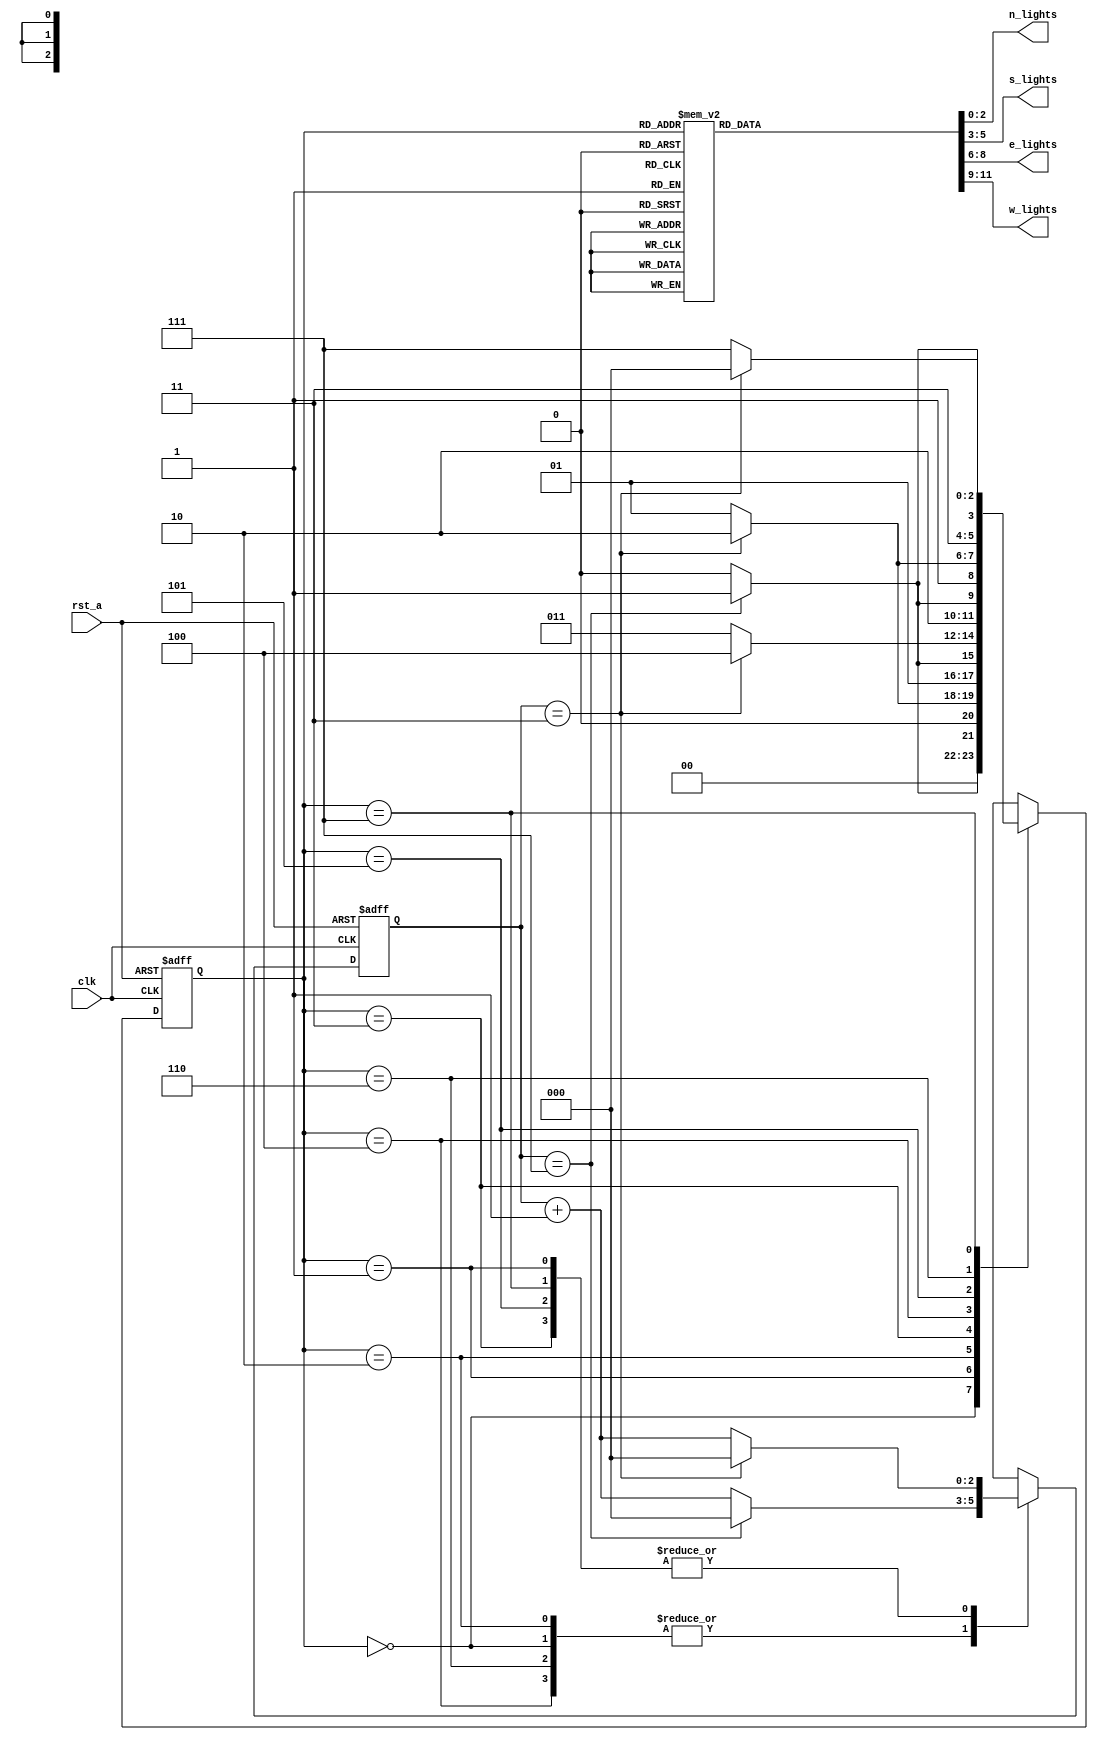
//Traffic light control
//Data flow Modelling
//16CO238
//16CO224
//The project shows how a 4-way junction traffic light works and the lights at every junction change colours with time (depending on clock cycles). The north and south lights are in sync with each other and opposite to the east and west lights.



//The Outputs taken are the Lights.
 
module VerilogBM_224_238(n_lights,s_lights,e_lights,w_lights,clk,rst_a);

   output reg [2:0] n_lights,s_lights,e_lights,w_lights; 
   input      clk;
   input      rst_a;
 
   reg [2:0] state;
 
   parameter [2:0] north=3'b000;
   parameter [2:0] north_y=3'b001;
   parameter [2:0] south=3'b010;
   parameter [2:0] south_y=3'b011;
   parameter [2:0] east=3'b100;
   parameter [2:0] east_y=3'b101;
   parameter [2:0] west=3'b110;
   parameter [2:0] west_y=3'b111;

   reg [2:0] count;
 
 // The code determines the current state of the traffic signal so that it can proceed to the next state.

   always @(posedge clk, posedge rst_a)
     begin
        if (rst_a)
            begin
                state=north;
                count =3'b000;
            end
        else
            begin
                case (state)
                north :
                    begin
                        if (count==3'b111)
                            begin
                            count=3'b000;
                            state=north_y;
                            end
                        else
                            begin
                            count=count+3'b001;
                            state=north;
                            end
                    end

                north_y :
                    begin
                        if (count==3'b011)
                            begin
                            count=3'b000;
                            state=south;
                            end
                        else
                            begin
                            count=count+3'b001;
                            state=north_y;
                        end
                    end

               south :
                    begin
                        if (count==3'b111)
                            begin
                            count=3'b0;
                            state=south_y;
                            end
                        else
                            begin
                            count=count+3'b001;
                            state=south;
                        end
                    end

            south_y :
                begin
                    if (count==3'b011)
                        begin
                        count=3'b0;
                        state=east;
                        end
                    else
                        begin
                        count=count+3'b001;
                        state=south_y;
                        end
                    end

            east :
                begin
                    if (count==3'b111)
                        begin
                        count=3'b0;
                        state=east_y;
                        end
                    else
                        begin
                        count=count+3'b001;
                        state=east;
                        end
                    end

            east_y :
                begin
                    if (count==3'b011)
                        begin
                        count=3'b0;
                        state=west;
                        end
                    else
                        begin
                        count=count+3'b001;
                        state=east_y;
                        end
                    end

            west :
                begin
                    if (count==3'b111)
                        begin
                        state=west_y;
                        count=3'b0;
                        end
                    else
                        begin
                        count=count+3'b001;
                        state=west;
                        end
                    end

            west_y :
                begin
                    if (count==3'b011)
                        begin
                        state=north;
                        count=3'b0;
                        end
                    else
                        begin
                        count=count+3'b001;
                        state=west_y;
                        end
                    end
            endcase // case (state)
        end // always @ (state)
    end 

// The following code changes the lights to next state according the current state.

always @(state)
     begin
         case (state)
            north :
                begin
                    n_lights = 3'b001;
                    s_lights = 3'b001;
                    e_lights = 3'b100;
                    w_lights = 3'b100;
                end // case: north

            north_y :
                begin
                    n_lights = 3'b010;
                    s_lights = 3'b010;
                    e_lights = 3'b100;
                    w_lights = 3'b100;
                end // case: north_y

            south :
                begin
                    n_lights = 3'b001;
                    s_lights = 3'b001;
                    e_lights = 3'b100;
                    w_lights = 3'b100;
                end // case: south

            south_y :
                begin
                    n_lights = 3'b010;
                    s_lights = 3'b010;
                    e_lights = 3'b100;
                    w_lights = 3'b100;
                end // case: south_y

            west :
                begin
                    n_lights = 3'b100;
                    s_lights = 3'b100;
                    e_lights = 3'b001;
                    w_lights = 3'b001;
                end // case: west

            west_y :
                begin
                    n_lights = 3'b100;
                    s_lights = 3'b100;
                    e_lights = 3'b010;
                    w_lights = 3'b010;
                end // case: west_y

            east :
                begin
                    n_lights = 3'b100;
                    s_lights = 3'b100;
                    e_lights = 3'b001;
                    w_lights = 3'b001;
                end // case: east

            east_y :
                begin
                    n_lights = 3'b100;
                    s_lights = 3'b100;
                    e_lights = 3'b010;
                    w_lights = 3'b010;
                end // case: east_y
            endcase // case (state)
     end // always @ (state)
endmodule
// END OF PROGRAM